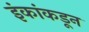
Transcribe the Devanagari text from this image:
इंकांकडून